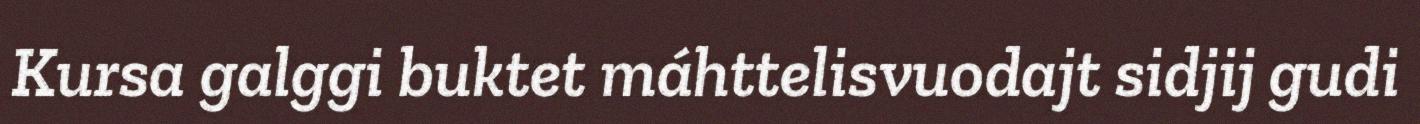
Kursa galggi buktet máhttelisvuodajt sidjij gudi